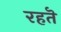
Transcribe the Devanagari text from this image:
रहतॆ